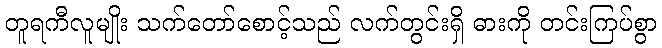
တူရကီလူမျိုး သက်တော်စောင့်သည် လက်တွင်းရှိ ဓားကို တင်းကြပ်စွာ